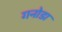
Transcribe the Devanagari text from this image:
गनोडा